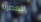
العصرية